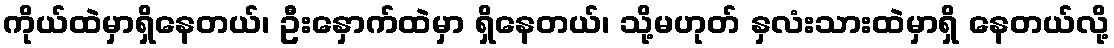
ကိုယ်ထဲမှာရှိနေတယ်၊ ဦးနှောက်ထဲမှာ ရှိနေတယ်၊ သို့မဟုတ် နှလံးသားထဲမှာရှိ နေတယ်လို့